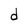
Character: d